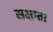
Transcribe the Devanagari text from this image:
सक्षम्ता